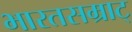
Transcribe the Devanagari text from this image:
भारतसम्राट्